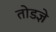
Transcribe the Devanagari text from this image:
तोडज्ञे